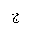
Letter: _gim